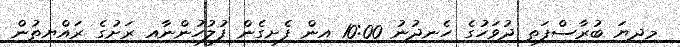
މިދިޔަ ބުރާސްފަތި ދުވަހުގެ ހެނދުނު 10:00 އިން ފެށިގެން ފުލުހުންނާއި ރަށުގެ ރައްޔިތުން